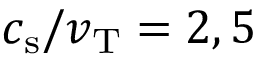
c _ { \mathrm { s } } / v _ { \mathrm { T } } = 2 , 5